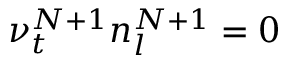
\nu _ { t } ^ { N + 1 } n _ { l } ^ { N + 1 } = 0